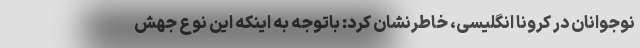
نوجوانان در کرونا انگلیسی، خاطرنشان کرد: باتوجه به اینکه این نوع جهش